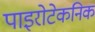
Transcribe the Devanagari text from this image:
पाइरोटेकनिक